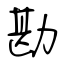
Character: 勘